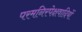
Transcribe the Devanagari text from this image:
परमनिरपेक्षवादियों